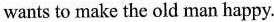
wants to make the old man happy.